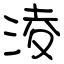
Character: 淩